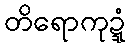
တိရောကုဍ္ဍံ